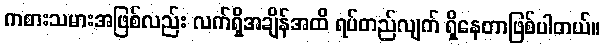
ကစားသမားအဖြစ်လည်း လက်ရှိအချိန်အထိ ရပ်တည်လျက် ရှိနေတာဖြစ်ပါတယ်။